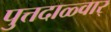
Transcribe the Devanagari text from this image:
पुत्तदाळ्वार्